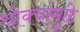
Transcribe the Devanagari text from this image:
धोक्यांमुळे